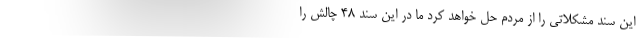
این سند مشکلاتی را از مردم حل خواهد کرد ما در این سند ۴۸ چالش را